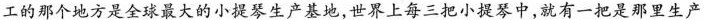
工的那个地方是全球最大的小提琴生产基地，世界上每三把小提琴中，就有一把是那里生产